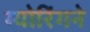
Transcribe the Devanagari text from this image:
ग्योरिंगने